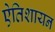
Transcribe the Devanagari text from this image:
एेतिशायन